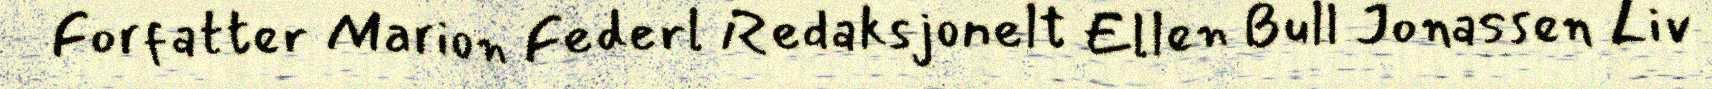
Forfatter Marion Federl Redaksjonelt Ellen Bull Jonassen Liv